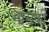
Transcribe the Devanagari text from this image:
भोसकीं